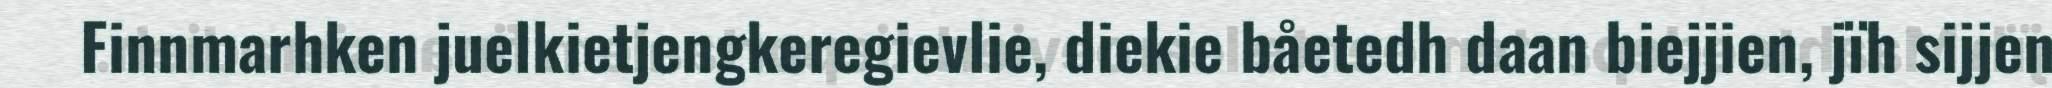
Finnmarhken juelkietjengkeregievlie, diekie båetedh daan biejjien, jïh sijjen